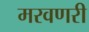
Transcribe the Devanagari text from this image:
मरवणरी